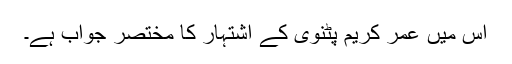
اس میں عمر کریم پٹنوی کے اشتہار کا مختصر جواب ہے۔